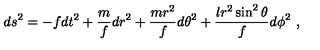
d s ^ { 2 } = - f d t ^ { 2 } + \frac { m } { f } d r ^ { 2 } + \frac { m r ^ { 2 } } { f } d \theta ^ { 2 } + \frac { l r ^ { 2 } \sin ^ { 2 } \theta } { f } d \phi ^ { 2 } \ ,